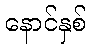
နောင်နှစ်